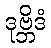
ဒုဗ္ဘိဒံ